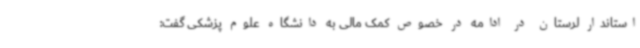
استاندار لرستان در ادامه در خصوص کمک مالی به دانشگاه علوم پزشکی گفت: